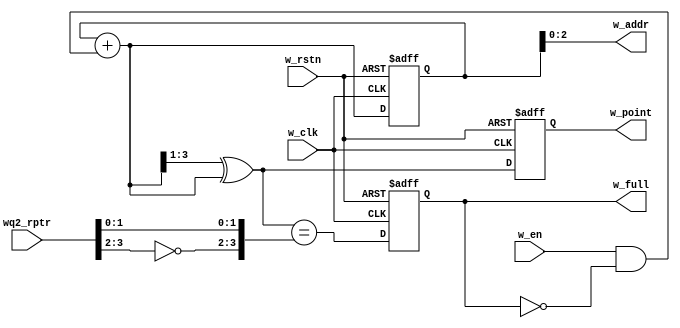
`timescale 1ns / 1ps
//////////////////////////////////////////////////////////////////////////////////
// Company: 
// Engineer: 
// 
// Design Name: 
// Module Name: w_point_full
// Project Name: 
// Target Devices: 
// Tool Versions:  
// Description: 
// 
// Dependencies: 
// 
// Revision:
// Revision 0.01 - File Created
// Additional Comments:
// 
//////////////////////////////////////////////////////////////////////////////////


module w_point_full
    #(
        parameter ADDR_WIDTH = 3
    )
    (
        input   w_clk, w_rstn, 
        input   w_en, 
        input   [ADDR_WIDTH   :0] wq2_rptr,
        output  [ADDR_WIDTH   :0] w_point,
        output  [ADDR_WIDTH -1:0] w_addr,
        output  w_full
    );
    
    reg  [ADDR_WIDTH: 0] w_binary_reg, w_gray_reg; 
    wire [ADDR_WIDTH: 0] w_binary_next, w_gray_next;
    wire w_full_next; 
    reg  w_full_reg; 
    
    always @(posedge w_clk or negedge w_rstn) begin 
        if(!w_rstn) begin 
            w_binary_reg <= 0; 
            w_gray_reg   <= 0; 
            w_full_reg   <= 0;
        end else begin 
            w_binary_reg <= w_binary_next; 
            w_gray_reg   <= w_gray_next; 
            w_full_reg   <= w_full_next;     
        end 
    end
     
    assign w_addr  = w_binary_reg[ADDR_WIDTH - 1: 0]; 
    assign w_point = w_gray_reg; 
    assign w_full  = w_full_reg;
    
    assign w_binary_next = w_binary_reg + (w_en & ~w_full_reg);
    assign w_gray_next   = (w_binary_next >> 1) ^ w_binary_next; 
    assign w_full_next   = (w_gray_next == {~wq2_rptr[ADDR_WIDTH: ADDR_WIDTH -1], wq2_rptr[ADDR_WIDTH-2: 0]});
endmodule